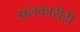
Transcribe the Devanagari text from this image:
झलकारीही